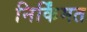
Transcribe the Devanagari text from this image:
निर्किंमत